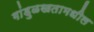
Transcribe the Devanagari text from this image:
गांडुळखतामधील